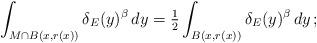
LaTeX: \begin{align*}\int_{M\cap B(x,r(x))}\delta_E(y)^\beta\,dy = \tfrac 12 \int_{B(x,r(x))} \delta_E(y)^\beta\,dy\,;\end{align*}